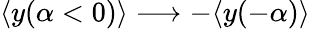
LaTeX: \langle y(\alpha<0)\rangle\longrightarrow-\langle y(-\alpha)\rangle